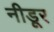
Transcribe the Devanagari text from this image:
नीडूर